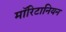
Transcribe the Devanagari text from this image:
मॉरिटानियन